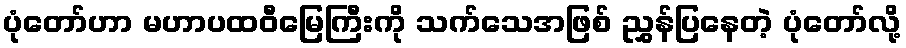
ပုံတော်ဟာ မဟာပထဝီမြေကြီးကို သက်သေအဖြစ် ညွှန်ပြနေတဲ့ ပုံတော်လို့